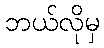
ဘယ်လိုမှ